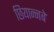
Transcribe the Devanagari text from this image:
छियान्नबे